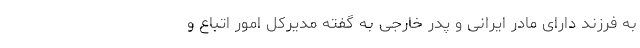
به فرزند دارای مادر ایرانی و پدر خارجی به گفته مدیرکل امور اتباع و